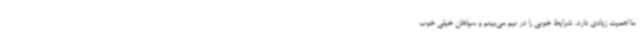
ما اهمیت زیادی دارد. شرایط خوبی را در تیم می‌بینم و سپاهان خیلی خوب